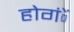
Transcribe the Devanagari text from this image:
होगंें